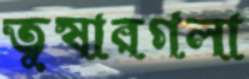
তুষারগলা